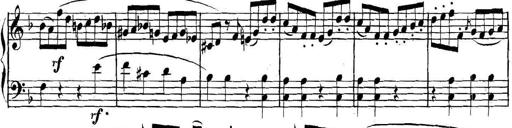
Title: Collected Piano Sonatas
Composer: Muzio Clementi